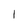
Character: I